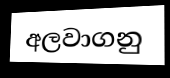
අලවාගනු